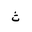
Letter: _tha